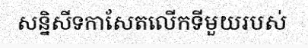
សន្និសីទកាសែតលើកទីមួយរបស់